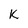
Character: k